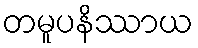
တမူပနိဿာယ